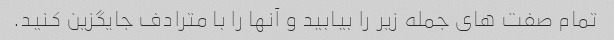
تمام صفت های جمله زیر را بیابید و آنها را با مترادف جایگزین کنید.